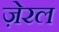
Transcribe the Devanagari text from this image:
ज़ेरल